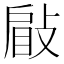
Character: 𢾥